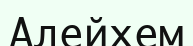
Алейхем